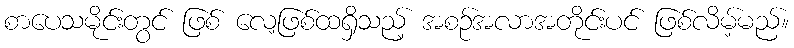
စာပေသမိုင်းတွင် ဖြစ် လေ့ဖြစ်ထရှိသည့် အစဉ်အလာအတိုင်းပင် ဖြစ်လိမ့်မည်။